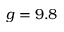
g = 9 . 8